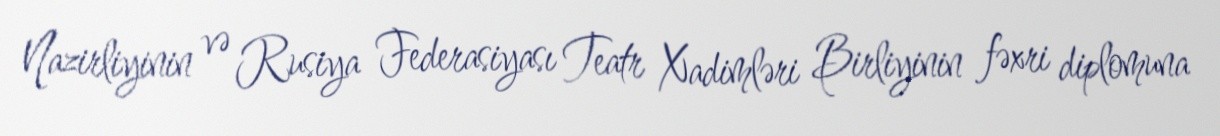
Nazirliyinin və Rusiya Federasiyası Teatr Xadimləri Birliyinin fəxri diplomuna